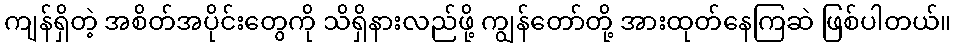
ကျန်ရှိတဲ့ အစိတ်အပိုင်းတွေကို သိရှိနားလည်ဖို့ ကျွန်တော်တို့ အားထုတ်နေကြဆဲ ဖြစ်ပါတယ်။